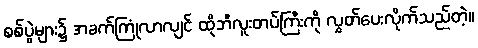
စစ်ပွဲများ၌ အခက်ကြုံလာလျင် ထိုဘီလူးတပ်ကြီးကို လွှတ်ပေးလိုက်သည်တဲ့။